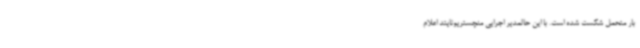
بار متحمل شکست شده است. با این حالمدیر اجرایی منچستریونایتد اعلام